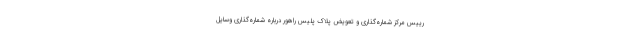
رییس مرکز شماره‌گذاری و تعویض پلاک پلیس راهور درباره شماره‌گذاری وسایل